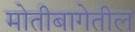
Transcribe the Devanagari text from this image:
मोतीबागेतील